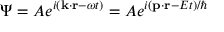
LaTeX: \Psi = A e ^ { i ( \mathbf { k } \cdot \mathbf { r } - \omega t ) } = A e ^ { i ( \mathbf { p } \cdot \mathbf { r } - E t ) / \hbar }